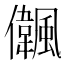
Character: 𠑒